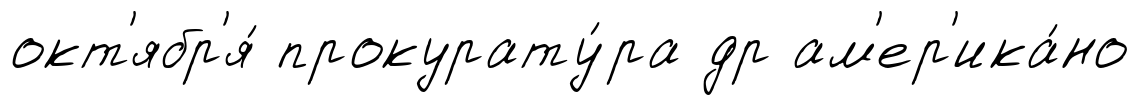
окт'ябр'я́ прокурату́ра др ам'ер'ика́но